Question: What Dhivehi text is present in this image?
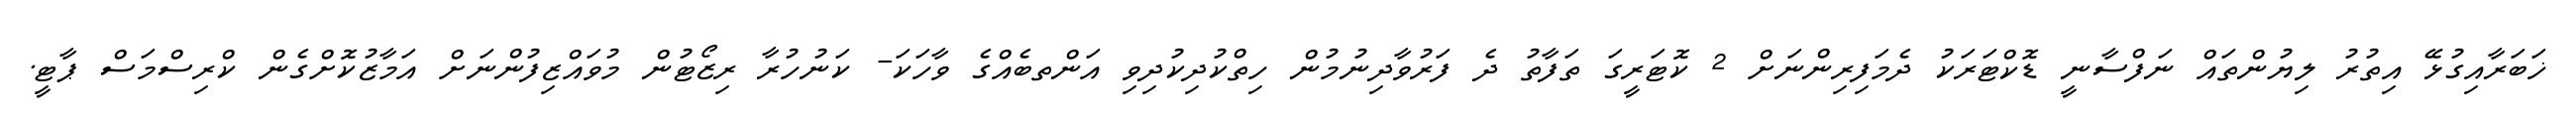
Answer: ޚަބަރާއިގުޅޭ އިތުރު ލިޔުންތައް ނަފްސާނީ ޑޮކްޓަރަކު ދެމަފިރިންނަށް 2 ކޮޓަރީގަ ތަފާތު ދެ ފަރުވާދިނުމުން ހިތްކުދިކުދިވި އަންތބެއްގެ ވާހަކަ- ކަނުހުރާ ރިޒޯޓުން މުވައްޒިފުންނަށް އަމާޒުކޮށްގެން ކްރިސްމަސް ޕާޓީ.